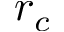
r _ { c }